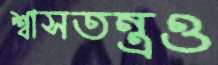
শ্বাসতন্ত্রও